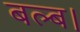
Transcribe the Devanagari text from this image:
बल्ब।